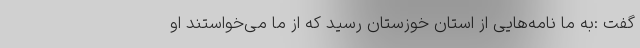
گفت :به ما نامه‌هایی از استان خوزستان رسید که از ما می‌خواستند او